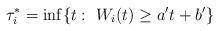
LaTeX: \begin{align*}\tau_i^{*}=\inf\{t:\ W_i(t)\geq a't+b'\}\end{align*}